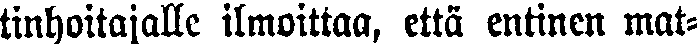
tinhoitajalle ilmoittaa, että entinen mat-